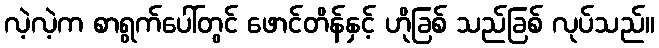
လဲ့လဲ့က စာရွက်ပေါ်တွင် ဖောင်တိန်နှင့် ဟိုခြစ် သည်ခြစ် လုပ်သည်။